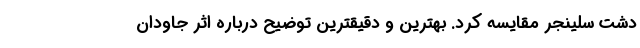
دشت سلینجر مقایسه کرد. بهترین و دقیقترین توضیح درباره اثر جاودان